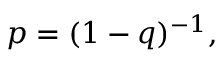
p = ( 1 - q ) ^ { - 1 } ,